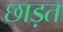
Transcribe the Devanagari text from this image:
छाड़त